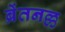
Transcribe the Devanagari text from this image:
ब्रेंतनल्ल